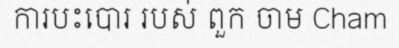
ការបះបោរ របស់ ពួក ចាម Cham